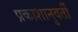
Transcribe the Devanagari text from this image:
प्रकाशानुवर्ती